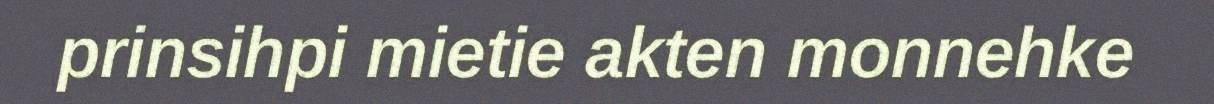
prinsihpi mietie akten monnehke